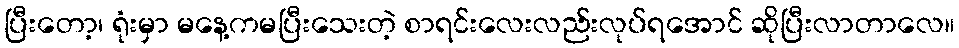
ပြီးတော့၊ ရုံးမှာ မနေ့ကမပြီးသေးတဲ့ စာရင်းလေးလည်းလုပ်ရအောင် ဆိုပြီးလာတာလေ။